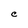
Character: C